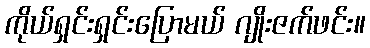
ကိုယ်ရှင်းရှင်းပြောမယ် ဂျိုးဇက်ဖင်း။